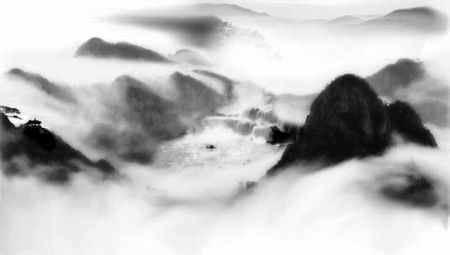
春闺月，红袖不须啼。